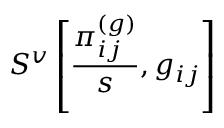
S ^ { v } \left[ \frac { \pi _ { i j } ^ { ( g ) } } { s } , g _ { i j } \right]